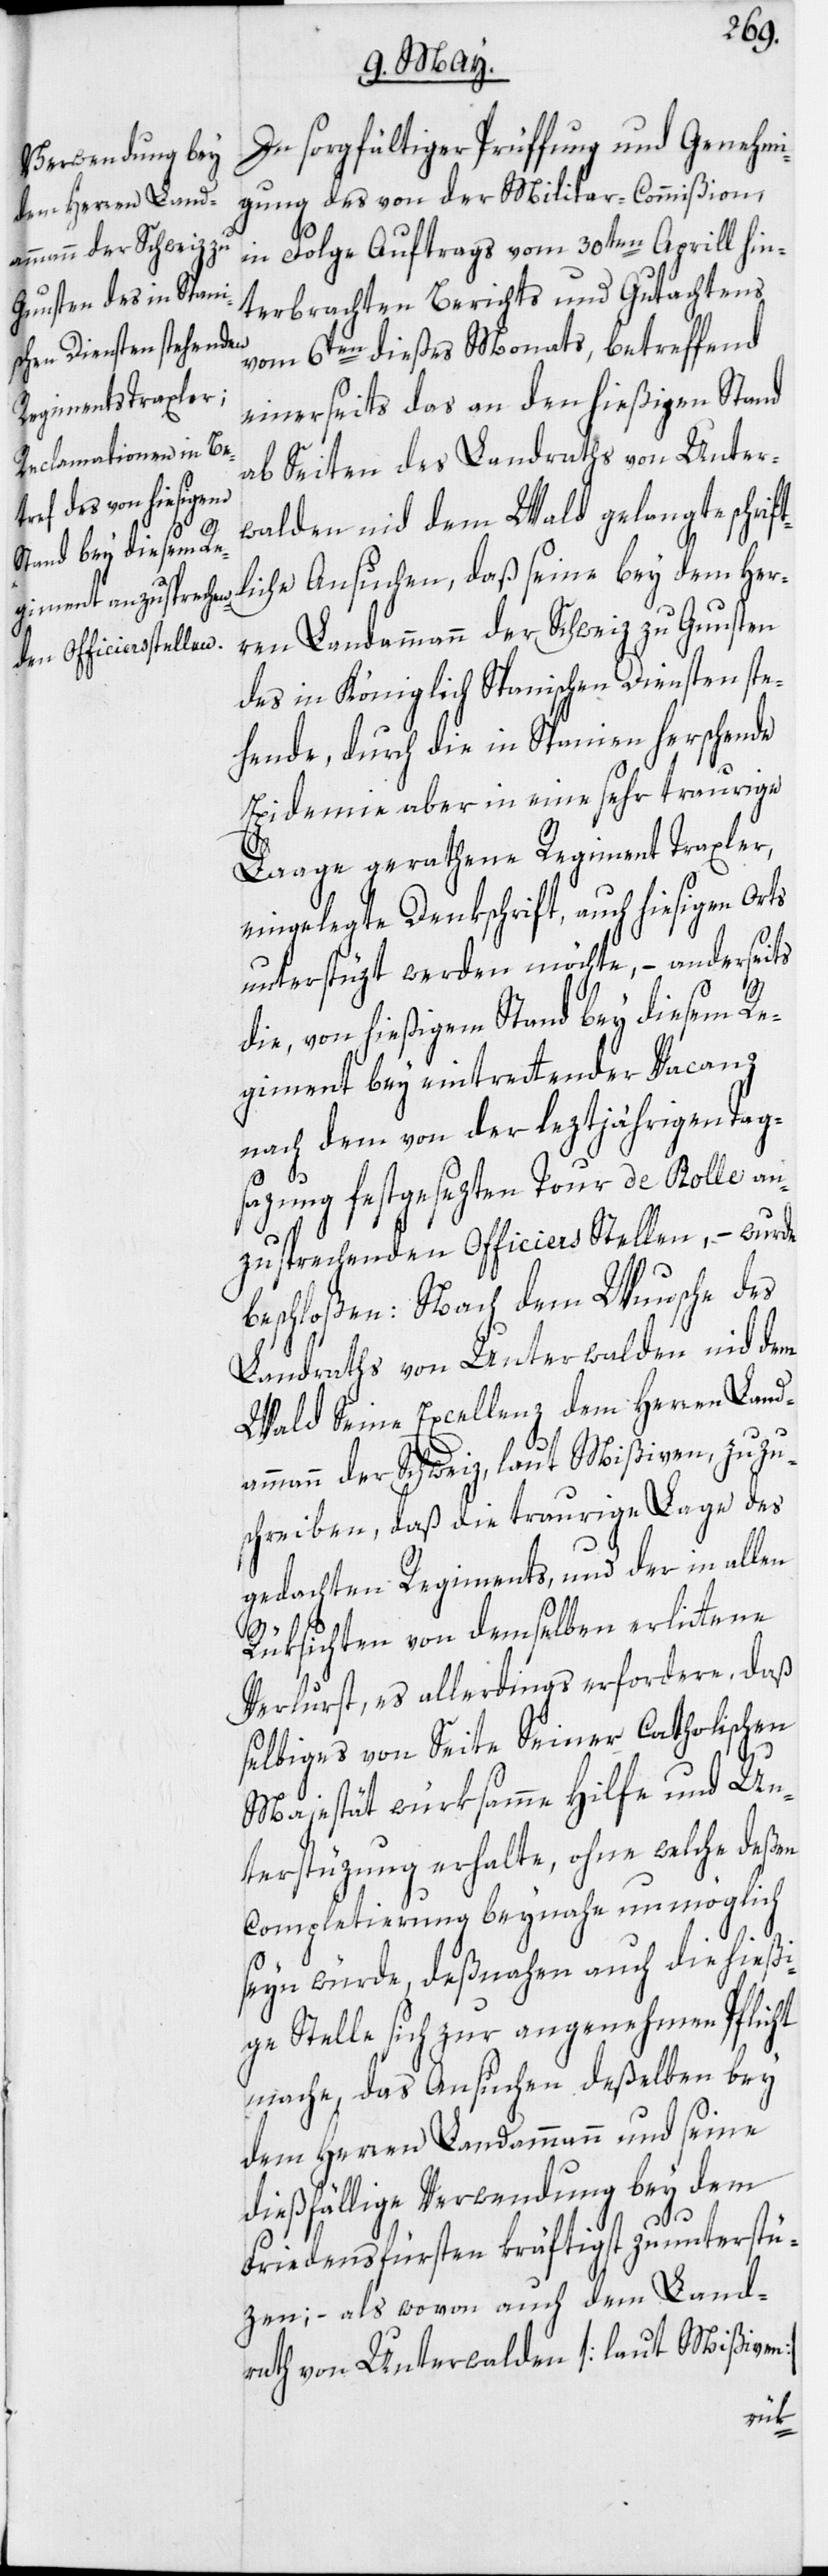
In sorgfältiger Prüffung und Genehmi¬
gung des von der Militar-Commißion,
in Folge Auftrags vom 30ten Aprill hin¬
terbrachten Berichts und Gutachtens
vom 6ten dieses Monats, betreffend
einerseits das an den hießigen Stand
ab Seiten des Landraths von Unter¬
walden nid dem Wald gelangte schrif¬
tliche Ansuchen, daß seine bey dem Her¬
ren Landammann der Schweiz zu Gunsten
des in Königlich Spanischen Diensten ste¬
hende, durch die in Spanien her[r]schende
Epidemie aber in eine sehr traurige
Laage gerathene Regiment Traxler,
eingelegte Denkschrift, auch hiesigen Or¬
unterstüzt werden möchte, – anderseits
die, von hießigem Stand bey diesem Re¬
giment bey eintrettender Vacanz
nach dem von der leztjährigen Tag¬
sazung festgesezten Tour de Rolle an¬
zusprechenden Officiers Stellen, – wurde
beschloßen: Nach dem Wunsche des
Landraths von Unterwalden nid dem
Wald Seine Excellenz dem Herren Land¬
ammann der Schweiz, laut Mißiven, zuzu¬
schreiben, daß die traurige Lage des
gedachten Regiments, und der in allen
Rüksichten von demselben erlittene
Verlurst, es allerdings erfordere, daß
selbiges von Seite Seiner Catholischen
Majestät würksamme Hilfe und Un¬
terstüzung erhalte, ohne welche deßen
Completierung beynahe unmöglich
seyn würde, deßnahen auch die hießi¬
ge Stelle sich zur angenehmen Pflicht
mache, das Ansuchen deßelben bey
dem Herren Landammann und seine
dießfällige Verwendung bey dem
ts
Friedensfürsten kräftigst zu unterstü¬
zen; – als wovon auch dem Land¬
rath von Unterwalden [laut Mißiven]